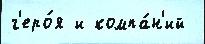
г'еро́я и компа́н'ий